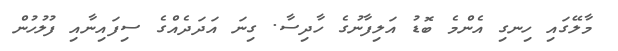
މާލޭގައި ހިނގި އެންމެ ބޮޑު އަލިފާނުގެ ހާދިސާ. ގިނަ އަދަދެއްގެ ސިފައިނާއި ފުލުހުން